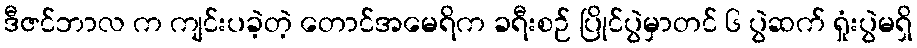
ဒီဇင်ဘာလ က ကျင်းပခဲ့တဲ့ တောင်အမေရိက ခရီးစဉ် ပြိုင်ပွဲမှာတင် ၆ ပွဲဆက် ရှုံးပွဲမရှိ